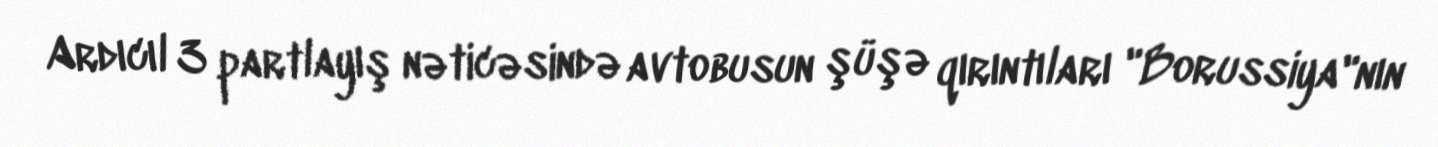
Ardıcıl 3 partlayış nəticəsində avtobusun şüşə qırıntıları "Borussiya"nın